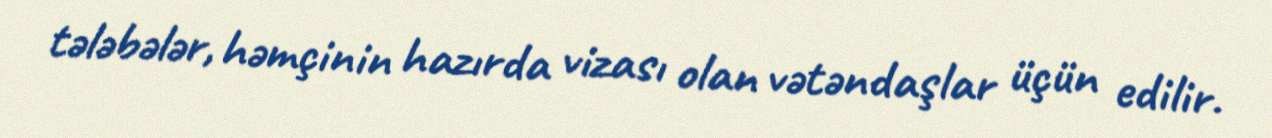
tələbələr, həmçinin hazırda vizası olan vətəndaşlar üçün edilir.